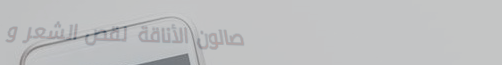
صالون الأناقة لقص الشعر و